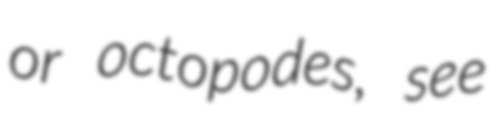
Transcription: or octopodes, see